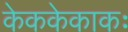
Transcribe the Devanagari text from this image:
केककेकाकः